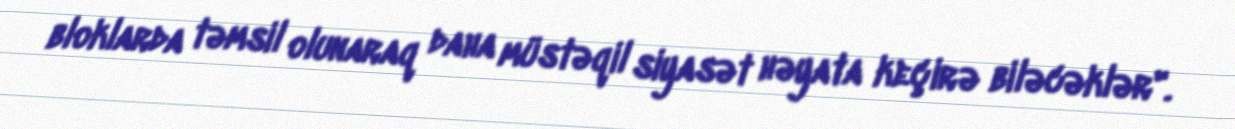
bloklarda təmsil olunaraq daha müstəqil siyasət həyata keçirə biləcəklər".